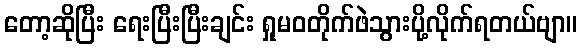
တော့ဆိုပြီး ရေးပြီးပြီးချင်း ရှုမဝတိုက်ဖဲသွားပို့လိုက်ရတယ်ဗျာ။